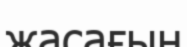
жасағын